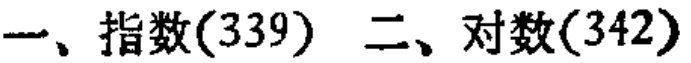
一、指数(339) 二、对数(342)